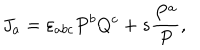
LaTeX: J _ { a } = \varepsilon _ { a b c } P ^ { b } Q ^ { c } + s \frac { P ^ { a } } { P } ,